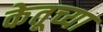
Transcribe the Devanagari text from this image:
केतूच्या